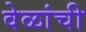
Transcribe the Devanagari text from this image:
वेळांची